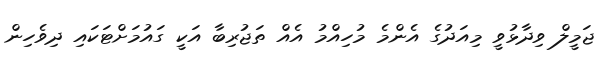
ޖަމީލް ވިދާޅުވީ މިއަދުގެ އެންމެ މުހިއްމު އެއް ތަޖުރިބާ އަކީ ގައުމަށްޓަކައި ދިވެހިން